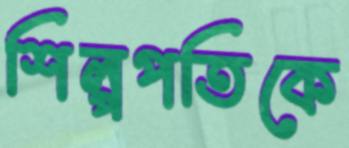
শিল্পপতিকে